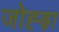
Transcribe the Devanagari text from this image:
जोह्ड़ा